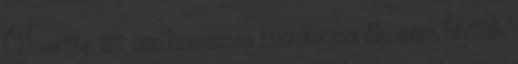
ČD vette át, ám hosszas huzavona ők sem hívták